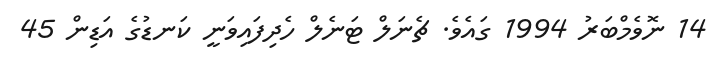
14 ނޮވެމްބަރު 1994 ގައެވެ. ޗެނަލް ޓަނެލް ހެދިފައިވަނީ ކަނޑުގެ އަޑިން 45